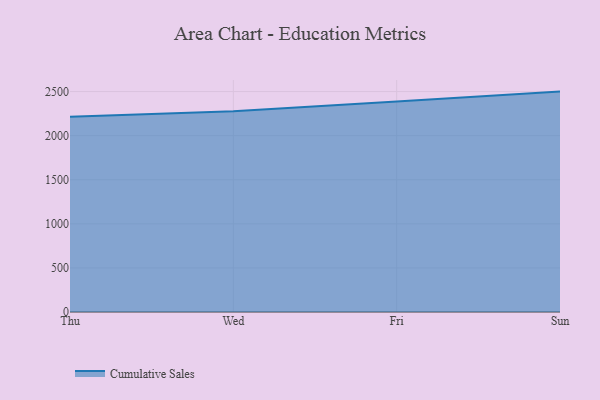
{"axis": {"x": "Day", "y": "Shipments"}, "legend": ["Cumulative Sales"], "data": [{"x": "Thu", "y": 2215.1, "type": "Cumulative Sales"}, {"x": "Wed", "y": 2277.8, "type": "Cumulative Sales"}, {"x": "Fri", "y": 2388.3, "type": "Cumulative Sales"}, {"x": "Sun", "y": 2499.7, "type": "Cumulative Sales"}]}